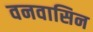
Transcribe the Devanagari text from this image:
वनवासिन